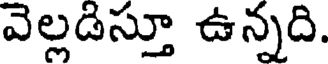
వెల్లడిస్తూ ఉన్నది.